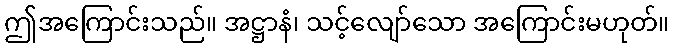
ဤအကြောင်းသည်။ အဋ္ဌာနံ၊ သင့်လျော်သော အကြောင်းမဟုတ်။